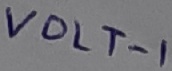
Text: VOLT-1